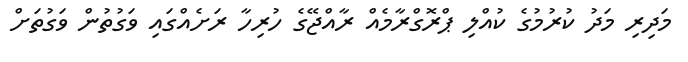
މަދިރި މަދު ކުރުމުގެ ކުއްލި ޕްރޮގްރާމެއް ރާއްޖޭގެ ހުރިހާ ރަށެއްގައި ވަގުތުން ވަގުތަށް